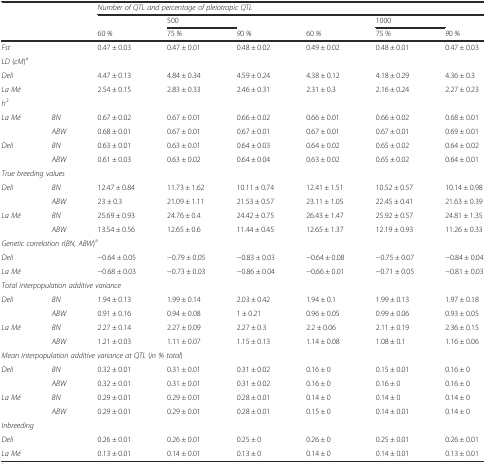
<table><thead><tr><td></td><td></td><td colspan="6"><b><i>Number of QTL and percentage of pleiotropic QTL</i></b></td></tr><tr><td></td><td></td><td></td><td><b>500</b></td><td></td><td></td><td><b>1000</b></td><td></td></tr><tr><td></td><td></td><td><b>60 <i>%</i></b></td><td><b>75 <i>%</i></b></td><td><b><i>9</i>0 <i>%</i></b></td><td><b>60 <i>%</i></b></td><td><b>75 <i>%</i></b></td><td><b><i>9</i>0 <i>%</i></b></td></tr></thead><tbody><tr><td><i>Fst</i></td><td></td><td>0.47 ± 0.03</td><td>0.47 ± 0.01</td><td>0.48 ± 0.02</td><td>0.49 ± 0.02</td><td>0.48 ± 0.01</td><td>0.47 ± 0.03</td></tr><tr><td colspan="8"><i>LD</i> (<i>cM</i>)<sup>a</sup></td></tr><tr><td><i>Deli</i></td><td></td><td>4.47 ± 0.13</td><td>4.84 ± 0.34</td><td>4.59 ± 0.24</td><td>4.38 ± 0.12</td><td>4.18 ± 0.29</td><td>4.36 ± 0.3</td></tr><tr><td><i>La Mé</i></td><td></td><td>2.54 ± 0.15</td><td>2.83 ± 0.33</td><td>2.46 ± 0.31</td><td>2.31 ± 0.3</td><td>2.16 ± 0.24</td><td>2.27 ± 0.23</td></tr><tr><td><i>h</i><sup>2</sup></td><td></td><td></td><td></td><td></td><td></td><td></td><td></td></tr><tr><td><i>La Mé</i></td><td><i>BN</i></td><td>0.67 ± 0.02</td><td>0.67 ± 0.01</td><td>0.66 ± 0.02</td><td>0.66 ± 0.01</td><td>0.66 ± 0.02</td><td>0.68 ± 0.01</td></tr><tr><td></td><td><i>ABW</i></td><td>0.68 ± 0.01</td><td>0.67 ± 0.01</td><td>0.67 ± 0.01</td><td>0.67 ± 0.01</td><td>0.67 ± 0.01</td><td>0.69 ± 0.01</td></tr><tr><td><i>Deli</i></td><td><i>BN</i></td><td>0.63 ± 0.01</td><td>0.63 ± 0.01</td><td>0.64 ± 0.03</td><td>0.64 ± 0.02</td><td>0.65 ± 0.02</td><td>0.64 ± 0.02</td></tr><tr><td></td><td><i>ABW</i></td><td>0.61 ± 0.03</td><td>0.63 ± 0.02</td><td>0.64 ± 0.04</td><td>0.63 ± 0.02</td><td>0.65 ± 0.02</td><td>0.64 ± 0.01</td></tr><tr><td colspan="8"><i>True breeding values</i></td></tr><tr><td><i>Deli</i></td><td><i>BN</i></td><td>12.47 ± 0.84</td><td>11.73 ± 1.62</td><td>10.11 ± 0.74</td><td>12.41 ± 1.51</td><td>10.52 ± 0.57</td><td>10.14 ± 0.98</td></tr><tr><td></td><td><i>ABW</i></td><td>23 ± 0.3</td><td>21.09 ± 1.11</td><td>21.53 ± 0.57</td><td>23.11 ± 1.05</td><td>22.45 ± 0.41</td><td>21.63 ± 0.39</td></tr><tr><td><i>La Mé</i></td><td><i>BN</i></td><td>25.69 ± 0.93</td><td>24.76 ± 0.4</td><td>24.42 ± 0.75</td><td>26.43 ± 1.47</td><td>25.92 ± 0.57</td><td>24.81 ± 1.35</td></tr><tr><td></td><td><i>ABW</i></td><td>13.54 ± 0.56</td><td>12.65 ± 0.6</td><td>11.44 ± 0.45</td><td>12.65 ± 1.37</td><td>12.19 ± 0.93</td><td>11.26 ± 0.33</td></tr><tr><td colspan="8"><i>Genetic correlation r</i>(<i>BN, ABW</i>)<sup>a</sup></td></tr><tr><td><i>Deli</i></td><td></td><td>−0.64 ± 0.05</td><td>−0.79 ± 0.05</td><td>−0.83 ± 0.03</td><td>−0.64 ± 0.08</td><td>−0.75 ± 0.07</td><td>−0.84 ± 0.04</td></tr><tr><td><i>La Mé</i></td><td></td><td>−0.68 ± 0.03</td><td>−0.73 ± 0.03</td><td>−0.86 ± 0.04</td><td>−0.66 ± 0.01</td><td>−0.71 ± 0.05</td><td>−0.81 ± 0.03</td></tr><tr><td colspan="8"><i>Total interpopulation additive variance</i></td></tr><tr><td><i>Deli</i></td><td><i>BN</i></td><td>1.94 ± 0.13</td><td>1.99 ± 0.14</td><td>2.03 ± 0.42</td><td>1.94 ± 0.1</td><td>1.99 ± 0.13</td><td>1.97 ± 0.18</td></tr><tr><td></td><td><i>ABW</i></td><td>0.91 ± 0.16</td><td>0.94 ± 0.08</td><td>1 ± 0.21</td><td>0.96 ± 0.05</td><td>0.99 ± 0.06</td><td>0.93 ± 0.05</td></tr><tr><td><i>La Mé</i></td><td><i>BN</i></td><td>2.27 ± 0.14</td><td>2.27 ± 0.09</td><td>2.27 ± 0.3</td><td>2.2 ± 0.06</td><td>2.11 ± 0.19</td><td>2.36 ± 0.15</td></tr><tr><td></td><td><i>ABW</i></td><td>1.21 ± 0.03</td><td>1.11 ± 0.07</td><td>1.15 ± 0.13</td><td>1.14 ± 0.08</td><td>1.08 ± 0.1</td><td>1.16 ± 0.06</td></tr><tr><td colspan="8"><i>Mean interpopulation additive variance at QTL</i> (<i>in % total</i>)</td></tr><tr><td><i>Deli</i></td><td><i>BN</i></td><td>0.32 ± 0.01</td><td>0.31 ± 0.01</td><td>0.31 ± 0.02</td><td>0.16 ± 0</td><td>0.15 ± 0.01</td><td>0.16 ± 0</td></tr><tr><td></td><td><i>ABW</i></td><td>0.32 ± 0.01</td><td>0.31 ± 0.01</td><td>0.31 ± 0.02</td><td>0.16 ± 0</td><td>0.16 ± 0</td><td>0.16 ± 0</td></tr><tr><td><i>La Mé</i></td><td><i>BN</i></td><td>0.29 ± 0.01</td><td>0.29 ± 0.01</td><td>0.28 ± 0.01</td><td>0.14 ± 0</td><td>0.14 ± 0</td><td>0.14 ± 0</td></tr><tr><td></td><td><i>ABW</i></td><td>0.29 ± 0.01</td><td>0.29 ± 0.01</td><td>0.28 ± 0.01</td><td>0.15 ± 0</td><td>0.14 ± 0.01</td><td>0.14 ± 0</td></tr><tr><td colspan="8"><i>Inbreeding</i></td></tr><tr><td><i>Deli</i></td><td></td><td>0.26 ± 0.01</td><td>0.26 ± 0.01</td><td>0.25 ± 0</td><td>0.26 ± 0</td><td>0.25 ± 0.01</td><td>0.26 ± 0.01</td></tr><tr><td><i>La Mé</i></td><td></td><td>0.13 ± 0.01</td><td>0.14 ± 0.01</td><td>0.13 ± 0</td><td>0.14 ± 0</td><td>0.14 ± 0.01</td><td>0.13 ± 0.01</td></tr></tbody></table>